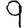
Digit: 9